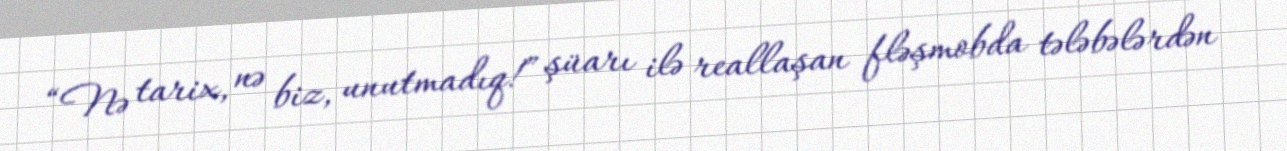
“Nə tarix, nə biz, unutmadıq!” şüarı ilə reallaşan fləşmobda tələbələrdən